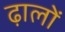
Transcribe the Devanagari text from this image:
ढ़ालों